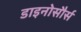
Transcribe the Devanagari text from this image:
डाइनोसौर्स